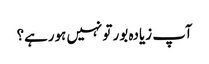
آپ زیادہ بور تو نہیں ہورہے؟